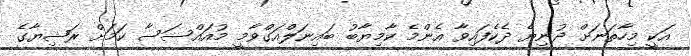
އަކީ މިހާތަނަށް ދުނިޔެ ދެކެފައިވާ އެންމެ ކާމިޔާބު ބައިނަލްއަގްވާމީ މުއައްސަސާ ކަމަށް ރަޝިޔާގެ